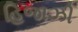
હિજાઝી